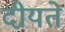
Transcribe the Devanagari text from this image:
दीयते